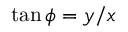
\tan \phi = y / x